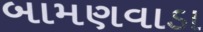
બામણવાડા